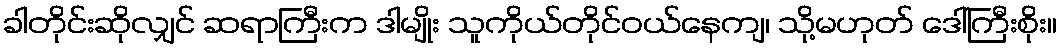
ခါတိုင်းဆိုလျှင် ဆရာကြီးက ဒါမျိုး သူကိုယ်တိုင်ဝယ်နေကျ၊ သို့မဟုတ် ဒေါ်ကြီးစိုး။